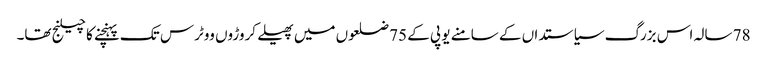
78 سالہ اس بزرگ سیاستداں کے سامنے یو پی کے 75 ضلعوں میں پھیلے کروڑوں ووٹرس تک پہنچنے کا چیلنج تھا۔